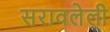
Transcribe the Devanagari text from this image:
सरावलेली